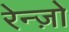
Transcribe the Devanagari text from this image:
रेन्ज़ो